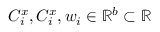
C _ { i } ^ { x } , C _ { i } ^ { x } , w _ { i } \in \mathbb { R } ^ { b } \subset \mathbb { R }